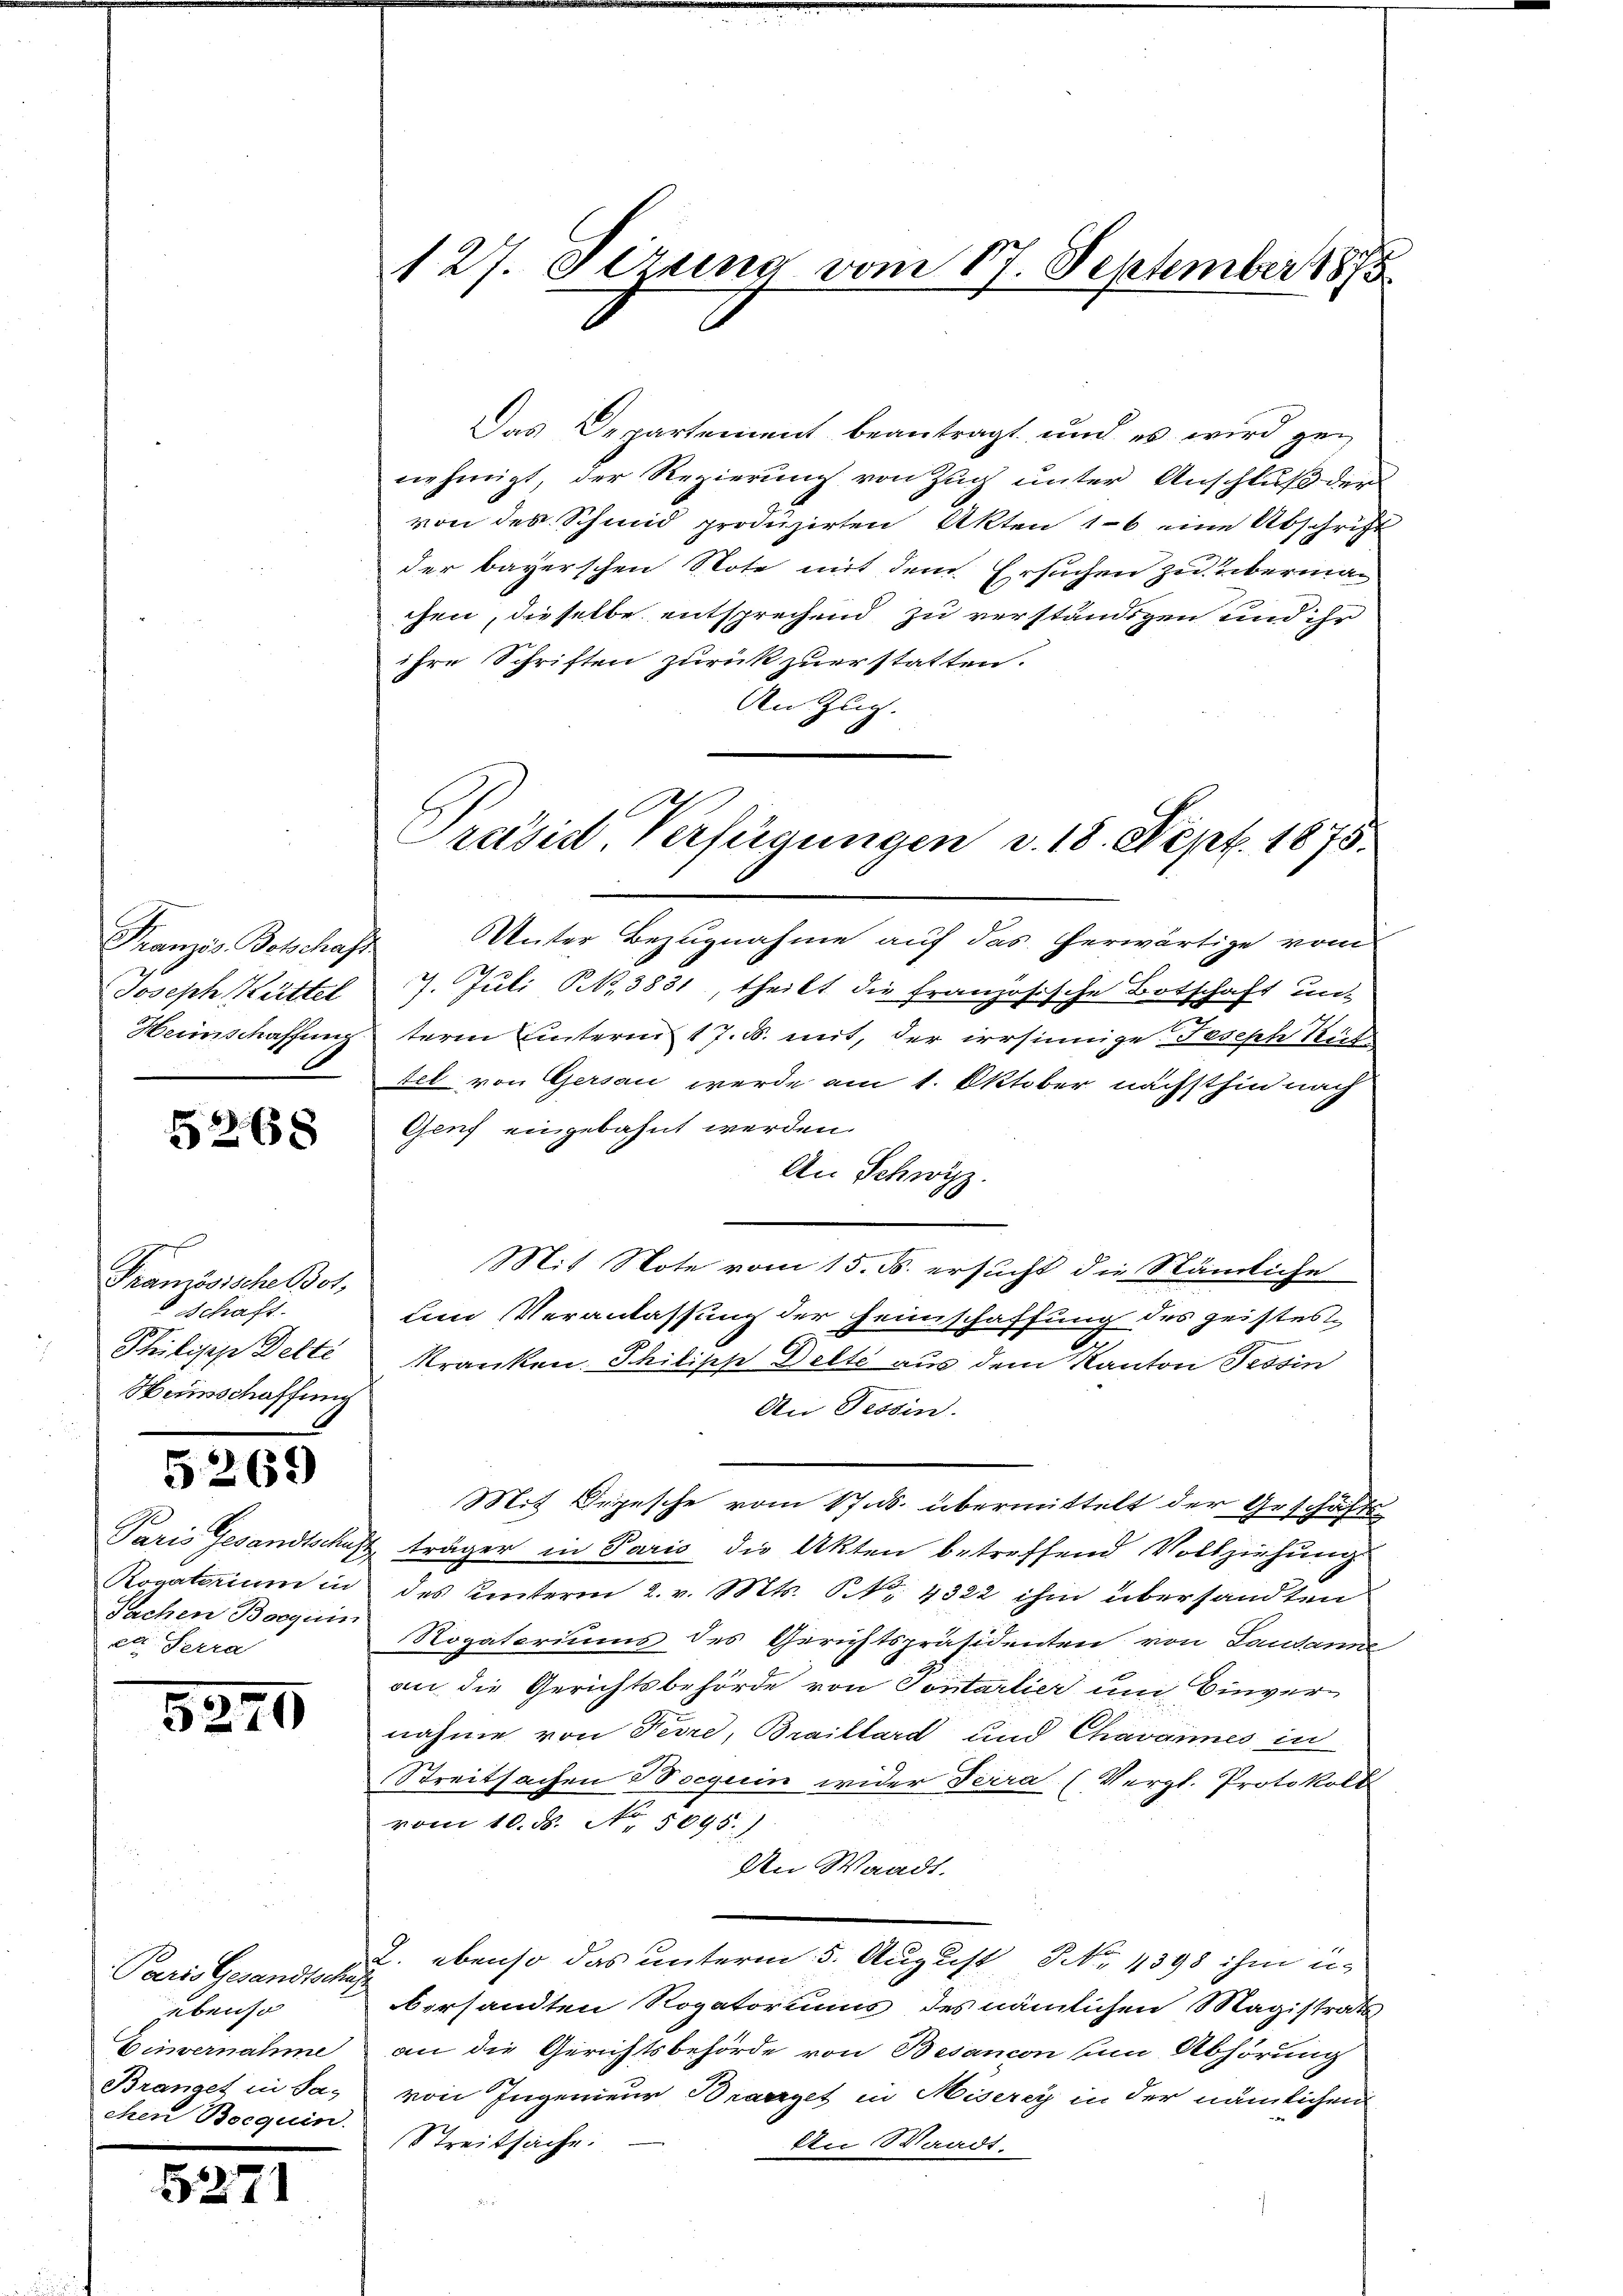
Französ. Bolschaft
Joseph Hüttel
0

5268

Französische Bot,
Schaft.
Philipp Delti
Weinschaffung

5269)

Sachen Boguin
et. Fehra

5279

Paris Gesandtscha
ebenso
Einvernahme
Branget in Sa-
chen Bocquin.

5271

127. gerung vom 17. September 1873

Das Departement beantragt und es wird genehmigt, der Regierung von Zug unter Anschluß der
von des Schmid produzirten Akten 16 eine Abschrift
der bayerschen Note mit dem Ersuchen zu übermachen, dieselbe entsprechend zu verständigen und ihr
ihre Schriften zurückzuerstatten.
Aen Zug.
Unter Bezugnahme auf das herwärtige vom
7. Juli 1,3831, theilt die französische Botschaft un-
Heinschaffung term Unterm 17. d. mit, der irrsinnige Joseph Seit
tel von Gersau werde am 1. Oktober nächsthin nach
Geuf eingebahnt werden.
An Schwyz.
Mit Note vom 15. ds. ersucht die Stämliche
um Veranlassung der Heimschaffung des pristeskranken. Philisch Delte aus dem Kanton Tessin
An Tessin.
Mit Depesche vom 17. ds. übermittelt der Geschäfts
Paris Gesandtschaft träger in Paris die Akten betreffend Vollziehung
Rogatorium in des Unterm 2. v. Mts. S. 4322 ihm übersandten
Rogatoriums des Gerichtspräsidenten von Lausanne
an die Gerichtsbehörde von Sontarlier um Einvernahme von Ferre, Braillard und Chavannes in
Streitsachen Boguin wider Ferra (Vergl. Protokoll
vom 10. ds. No. 5095.)
Den Waadt.
2. ebenso das unterm 5. August No 1398 ihm un-
bersandten Rogatoriums des nämlichen Magistrats
an die Gerichtsbehörde von Besancon zum Abhörung
von Ingenieur Braczet in Miserey in der nämlichen
Streitsache.
An Waadt.

Präsid Verfügungen v. 18. Nept. 1875.